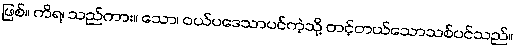
ဖြစ်။ ကိရ၊ သည်ကား။ သော၊ ဝယ်ပဒေသာပင်ကဲ့သို့ တင့်တယ်သောသစ်ပင်သည်။